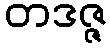
တဒဇ္ဇ